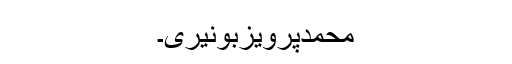
محمدپرویزبونیری۔